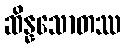
ဆိန္နသောတဿ